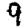
Digit: 9